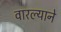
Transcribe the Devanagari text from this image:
वारल्याने